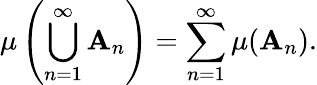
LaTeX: \mu\left(\bigcup_{n=1}^{\infty}\mathbf{A}_{n}\right)=\sum_{n=1}^{\infty}\mu(\mathbf{A}_{n}).